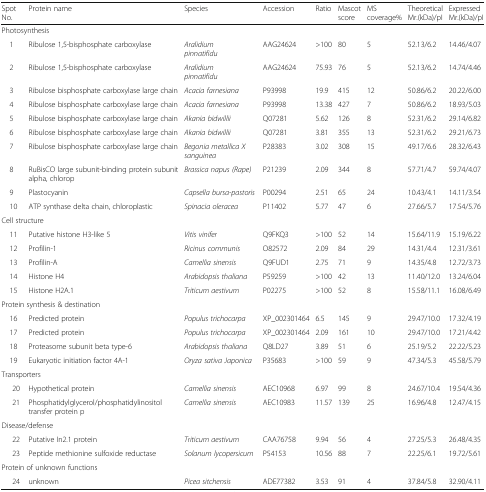
<table><thead><tr><td><b>Spot No.</b></td><td><b>Protein name</b></td><td><b>Species</b></td><td><b>Accession</b></td><td><b>Ratio</b></td><td><b>Mascot score</b></td><td><b>MS coverage%</b></td><td><b>Theoretical Mr.(kDa)/pI</b></td><td><b>Expressed Mr.(kDa)/pI</b></td></tr></thead><tbody><tr><td colspan="9">Photosynthesis</td></tr><tr><td> 1</td><td>Ribulose 1,5-bisphosphate carboxylase</td><td><i>Aralidium pinnatifidu</i></td><td>AAG24624</td><td>&gt;100</td><td>80</td><td>5</td><td>52.13/6.2</td><td>14.46/4.07</td></tr><tr><td> 2</td><td>Ribulose 1,5-bisphosphate carboxylase</td><td><i>Aralidium pinnatifidu</i></td><td>AAG24624</td><td>75.93</td><td>76</td><td>5</td><td>52.13/6.2</td><td>14.74/4.46</td></tr><tr><td> 3</td><td>Ribulose bisphosphate carboxylase large chain</td><td><i>Acacia farnesiana</i></td><td>P93998</td><td>19.9</td><td>415</td><td>12</td><td>50.86/6.2</td><td>20.22/6.00</td></tr><tr><td> 4</td><td>Ribulose bisphosphate carboxylase large chain</td><td><i>Acacia farnesiana</i></td><td>P93998</td><td>13.38</td><td>427</td><td>7</td><td>50.86/6.2</td><td>18.93/5.03</td></tr><tr><td> 5</td><td>Ribulose bisphosphate carboxylase large chain</td><td><i>Akania bidwillii</i></td><td>Q07281</td><td>5.62</td><td>126</td><td>8</td><td>52.31/6.2</td><td>29.14/6.82</td></tr><tr><td> 6</td><td>Ribulose bisphosphate carboxylase large chain</td><td><i>Akania bidwillii</i></td><td>Q07281</td><td>3.81</td><td>355</td><td>13</td><td>52.31/6.2</td><td>29.21/6.73</td></tr><tr><td> 7</td><td>Ribulose bisphosphate carboxylase large chain</td><td><i>Begonia metallica X sanguinea</i></td><td>P28383</td><td>3.02</td><td>308</td><td>15</td><td>49.17/6.6</td><td>28.32/6.43</td></tr><tr><td> 8</td><td>RuBisCO large subunit-binding protein subunit alpha, chlorop</td><td><i>Brassica napus (Rape)</i></td><td>P21239</td><td>2.09</td><td>344</td><td>8</td><td>57.71/4.7</td><td>59.74/4.07</td></tr><tr><td> 9</td><td>Plastocyanin</td><td><i>Capsella bursa-pastoris</i></td><td>P00294</td><td>2.51</td><td>65</td><td>24</td><td>10.43/4.1</td><td>14.11/3.54</td></tr><tr><td> 10</td><td>ATP synthase delta chain, chloroplastic</td><td><i>Spinacia oleracea</i></td><td>P11402</td><td>5.77</td><td>47</td><td>6</td><td>27.66/5.7</td><td>17.54/5.76</td></tr><tr><td colspan="9">Cell structure</td></tr><tr><td> 11</td><td>Putative histone H3-like 5</td><td><i>Vitis vinifer</i></td><td>Q9FKQ3</td><td>&gt;100</td><td>52</td><td>14</td><td>15.64/11.9</td><td>15.19/6.22</td></tr><tr><td> 12</td><td>Profilin-1</td><td><i>Ricinus communis</i></td><td>O82572</td><td>2.09</td><td>84</td><td>29</td><td>14.31/4.4</td><td>12.31/3.61</td></tr><tr><td> 13</td><td>Profilin-A</td><td><i>Camellia sinensis</i></td><td>Q9FUD1</td><td>2.75</td><td>71</td><td>9</td><td>14.35/4.8</td><td>12.72/3.73</td></tr><tr><td> 14</td><td>Histone H4</td><td><i>Arabidopsis thaliana</i></td><td>P59259</td><td>&gt;100</td><td>42</td><td>13</td><td>11.40/12.0</td><td>13.24/6.04</td></tr><tr><td> 15</td><td>Histone H2A.1</td><td><i>Triticum aestivum</i></td><td>P02275</td><td>&gt;100</td><td>52</td><td>8</td><td>15.58/11.1</td><td>16.08/6.49</td></tr><tr><td colspan="9">Protein synthesis &amp; destination</td></tr><tr><td> 16</td><td>Predicted protein</td><td><i>Populus trichocarpa</i></td><td>XP_002301464</td><td>6.5</td><td>145</td><td>9</td><td>29.47/10.0</td><td>17.32/4.19</td></tr><tr><td> 17</td><td>Predicted protein</td><td><i>Populus trichocarpa</i></td><td>XP_002301464</td><td>2.09</td><td>161</td><td>10</td><td>29.47/10.0</td><td>17.21/4.42</td></tr><tr><td> 18</td><td>Proteasome subunit beta type-6</td><td><i>Arabidopsis thaliana</i></td><td>Q8LD27</td><td>3.89</td><td>51</td><td>6</td><td>25.19/5.2</td><td>22.22/5.23</td></tr><tr><td> 19</td><td>Eukaryotic initiation factor 4A-1</td><td><i>Oryza sativa Japonica</i></td><td>P35683</td><td>&gt;100</td><td>59</td><td>9</td><td>47.34/5.3</td><td>45.58/5.79</td></tr><tr><td colspan="9">Transporters</td></tr><tr><td> 20</td><td>Hypothetical protein</td><td><i>Camellia sinensis</i></td><td>AEC10968</td><td>6.97</td><td>99</td><td>8</td><td>24.67/10.4</td><td>19.54/4.36</td></tr><tr><td> 21</td><td>Phosphatidylglycerol/phosphatidylinositol transfer protein p</td><td><i>Camellia sinensis</i></td><td>AEC10983</td><td>11.57</td><td>139</td><td>25</td><td>16.96/4.8</td><td>12.47/4.15</td></tr><tr><td colspan="9">Disease/defense</td></tr><tr><td> 22</td><td>Putative In2.1 protein</td><td><i>Triticum aestivum</i></td><td>CAA76758</td><td>9.94</td><td>56</td><td>4</td><td>27.25/5.3</td><td>26.48/4.35</td></tr><tr><td> 23</td><td>Peptide methionine sulfoxide reductase</td><td><i>Solanum lycopersicum</i></td><td>P54153</td><td>10.56</td><td>88</td><td>7</td><td>22.25/6.1</td><td>19.72/5.61</td></tr><tr><td colspan="9">Protein of unknown functions</td></tr><tr><td> 24</td><td>unknown</td><td><i>Picea sitchensis</i></td><td>ADE77382</td><td>3.53</td><td>91</td><td>4</td><td>37.84/5.8</td><td>32.90/4.11</td></tr></tbody></table>